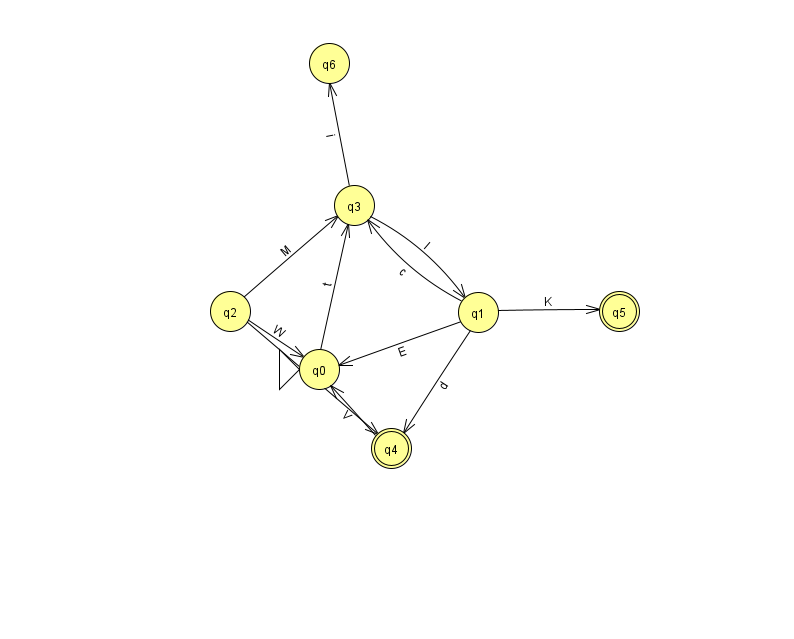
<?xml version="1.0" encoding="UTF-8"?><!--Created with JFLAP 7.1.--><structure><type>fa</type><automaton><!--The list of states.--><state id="0" name="q0"><x>319.0</x><y>356.0</y><initial/></state><state id="1" name="q1"><x>478.0</x><y>299.0</y></state><state id="2" name="q2"><x>230.0</x><y>298.0</y></state><state id="3" name="q3"><x>354.0</x><y>192.0</y></state><state id="4" name="q4"><x>391.0</x><y>435.0</y><final/></state><state id="5" name="q5"><x>619.0</x><y>298.0</y><final/></state><state id="6" name="q6"><x>329.0</x><y>50.0</y></state><!--The list of transitions.--><transition><from>1</from><to>3</to><read>c</read></transition><transition><from>2</from><to>0</to><read>W</read></transition><transition><from>2</from><to>3</to><read>M</read></transition><transition><from>4</from><to>0</to><read>V</read></transition><transition><from>2</from><to>4</to><read>V</read></transition><transition><from>1</from><to>5</to><read>K</read></transition><transition><from>3</from><to>1</to><read>I</read></transition><transition><from>1</from><to>4</to><read>d</read></transition><transition><from>0</from><to>3</to><read>t</read></transition><transition><from>1</from><to>0</to><read>E</read></transition><transition><from>3</from><to>6</to><read>i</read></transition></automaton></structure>